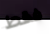
فقط